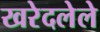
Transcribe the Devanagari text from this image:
खरेदलेले